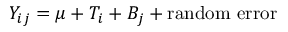
Y _ { i j } = \mu + T _ { i } + B _ { j } + \mathrm { r a n d o m \ e r r o r }